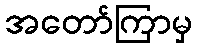
အတော်ကြာမှ